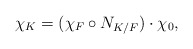
\begin{align*} \chi_K=(\chi_F\circ N_{K/F})\cdot\chi_0,\end{align*}